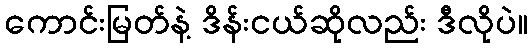
ကောင်းမြတ်နဲ့ ဒိန်းငယ်ဆိုလည်း ဒီလိုပဲ။